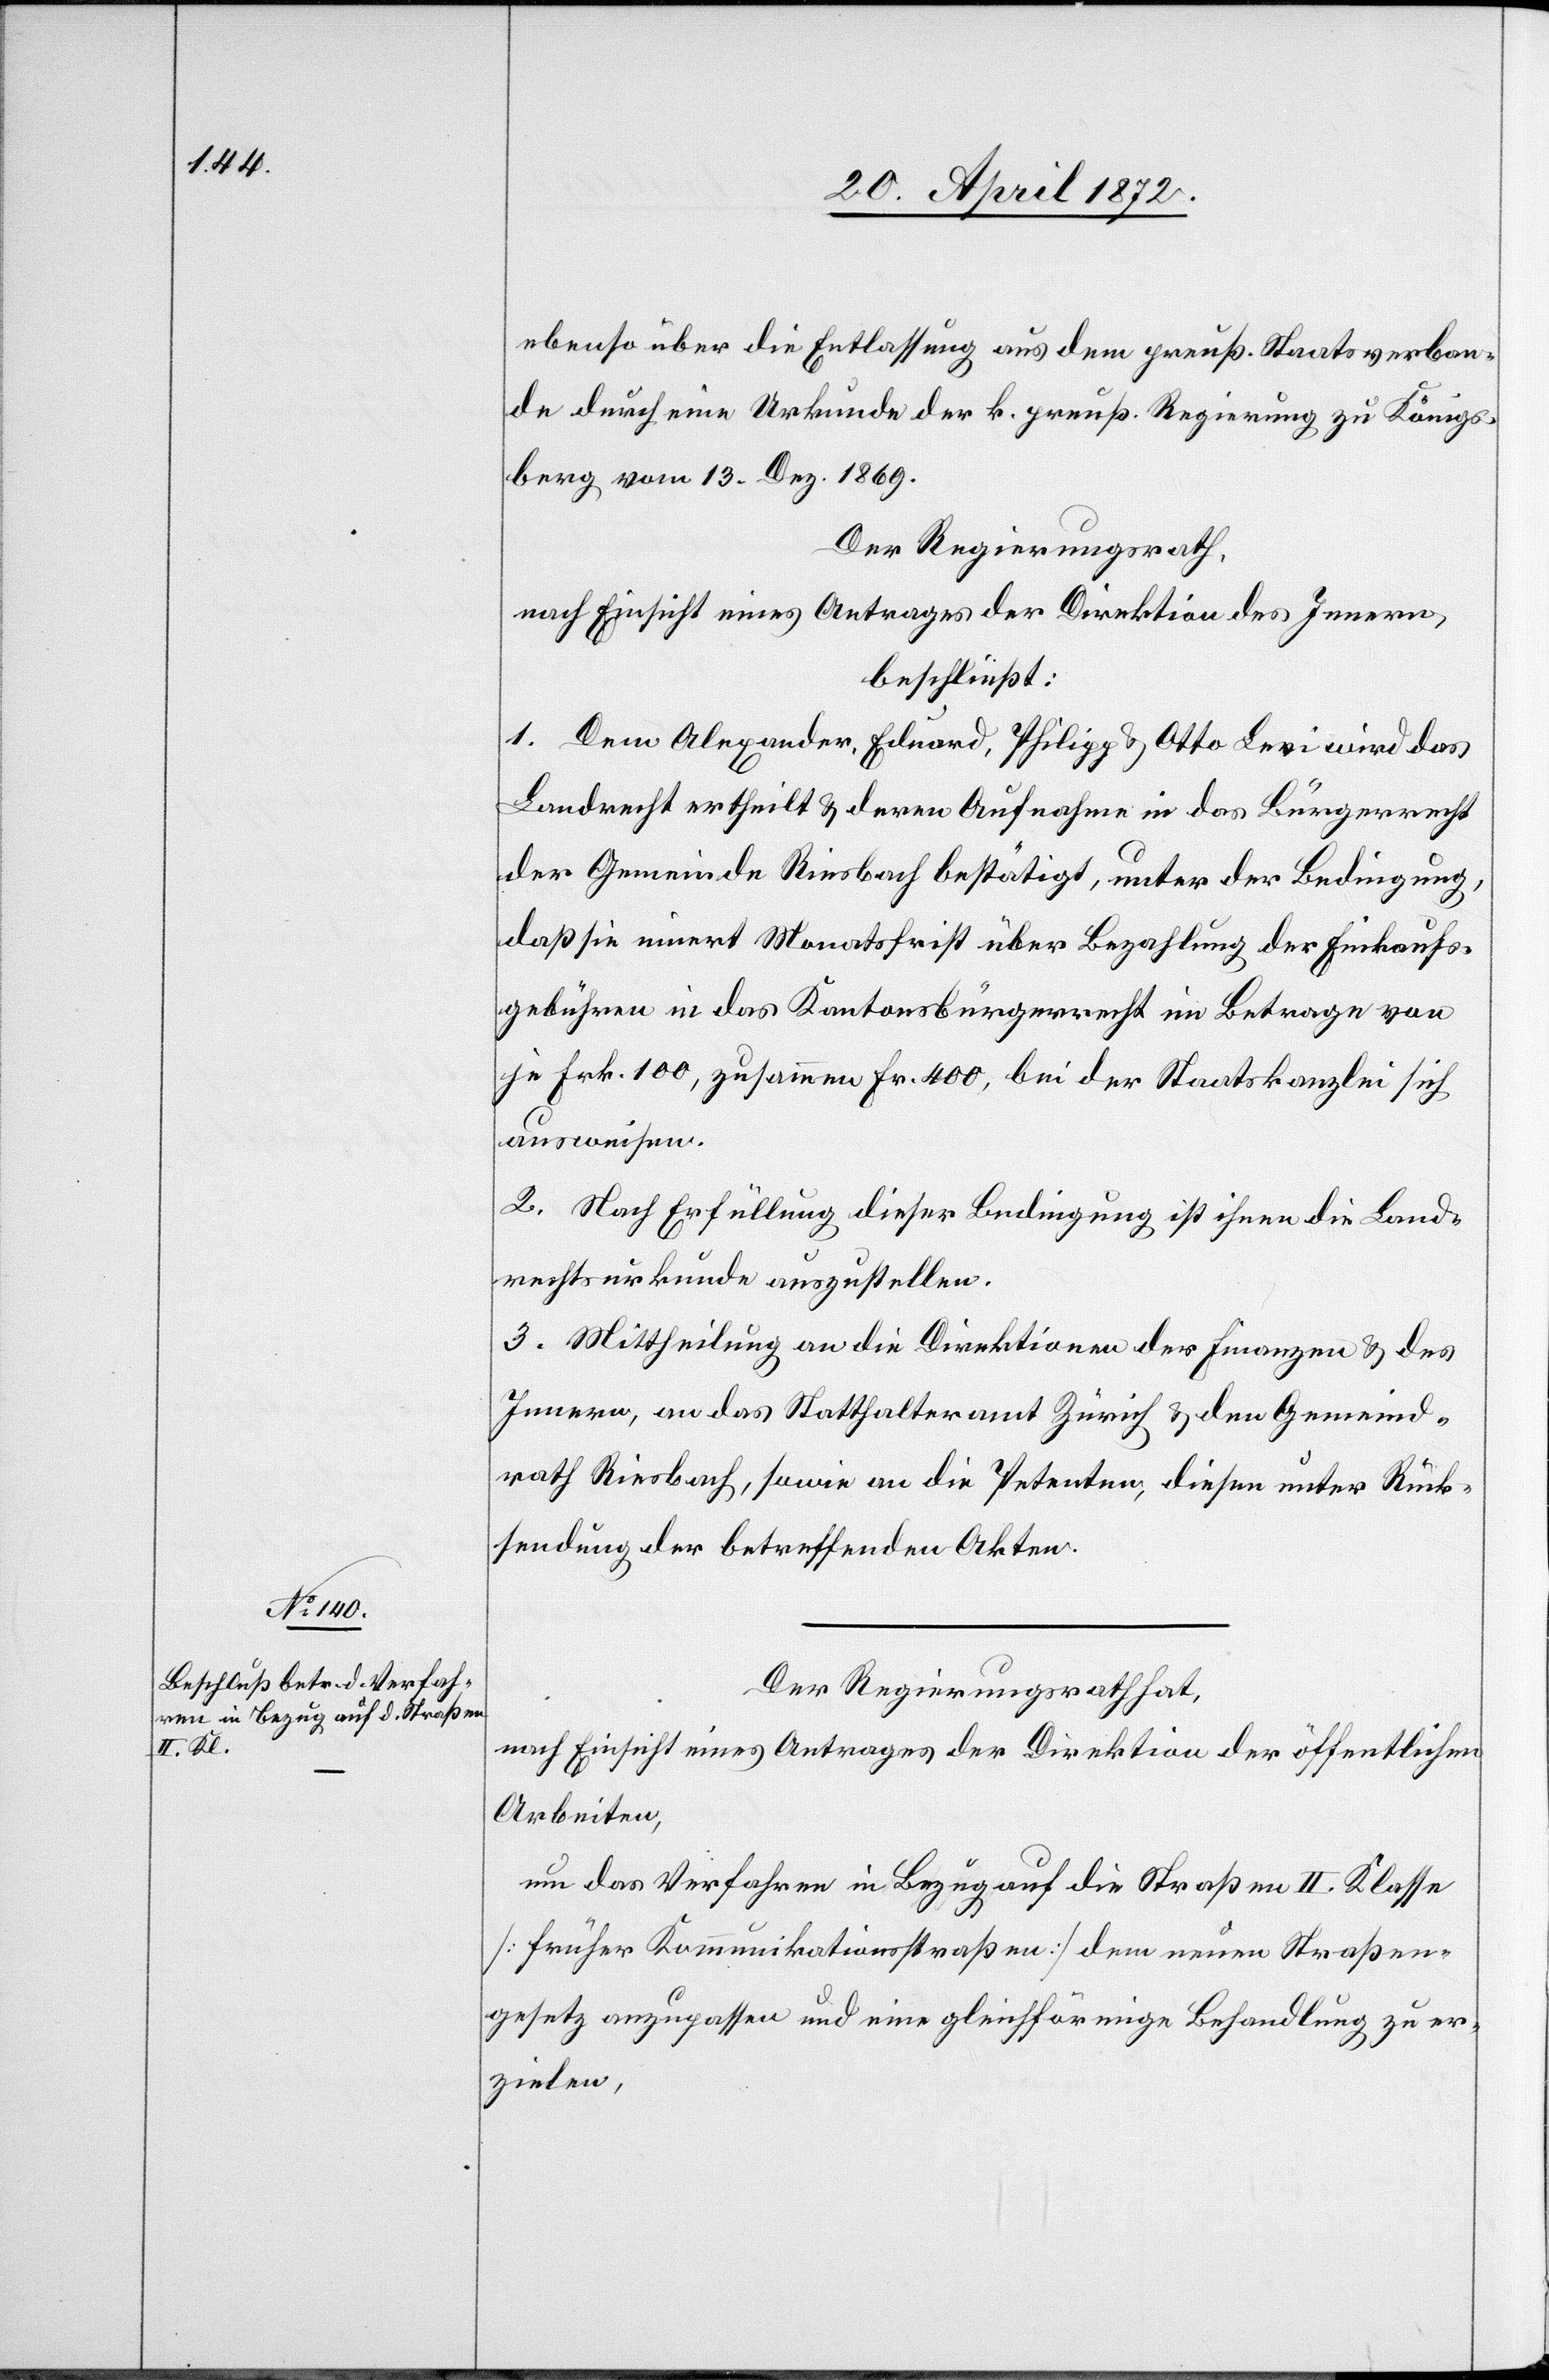
ebenso über die Entlassung aus dem preuß. Staatsverban¬
de durch eine Urkunde der k. preuß. Regierung zu Königs¬
berg vom 13. Dez. 1869.
Der Regierungsrath,
nach Einsicht eines Antrages der Direktion des Innern,
beschließt:
1. Dem Alexander, Eduard, Philipp u. Otto Levi wird das
Landrecht ertheilt u. deren Aufnahme in das Bürgerrecht
der Gemeinde Riesbach bestätigt, unter der Bedingung,
daß sie innert Monatsfrist über Bezahlung der Einkaufs¬
gebühren in das Kantonsbürgerrecht im Betrage von
je Frk. 100, zusammen Fr. 400, bei der Staatskanzlei sich
ausweisen.
2. Nach Erfüllung dieser Bedingung ist ihnen die Land¬
rechtsurkunde auszustellen.
3. Mittheilung an die Direktionen der Finanzen u. des
Innern, an das Statthalteramt Zürich u. den Gemeind¬
rath Riesbach, sowie an die Petenten, diesen unter Rück¬
sendung der betreffenden Akten.
Der Regierungsrath hat,
nach Einsicht eines Antrages der Direktion der öffentlichen
Arbeiten,
um das Verfahren in Bezug auf die Straßen II. Klasse
[früher Kommunikationsstraßen] dem neuen Straßen¬
gesetz anzupassen und eine gleichförmige Behandlung zu er¬
zielen,